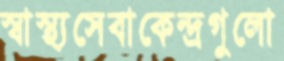
স্বাস্থ্যসেবাকেন্দ্রগুলো